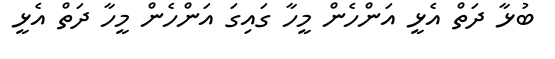
ބުޅާ ދަތް އެޅީ އަންހެން މީހާ ގައިގަ އަންހެން މީހާ ދަތް އެޅީ